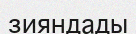
зияндады